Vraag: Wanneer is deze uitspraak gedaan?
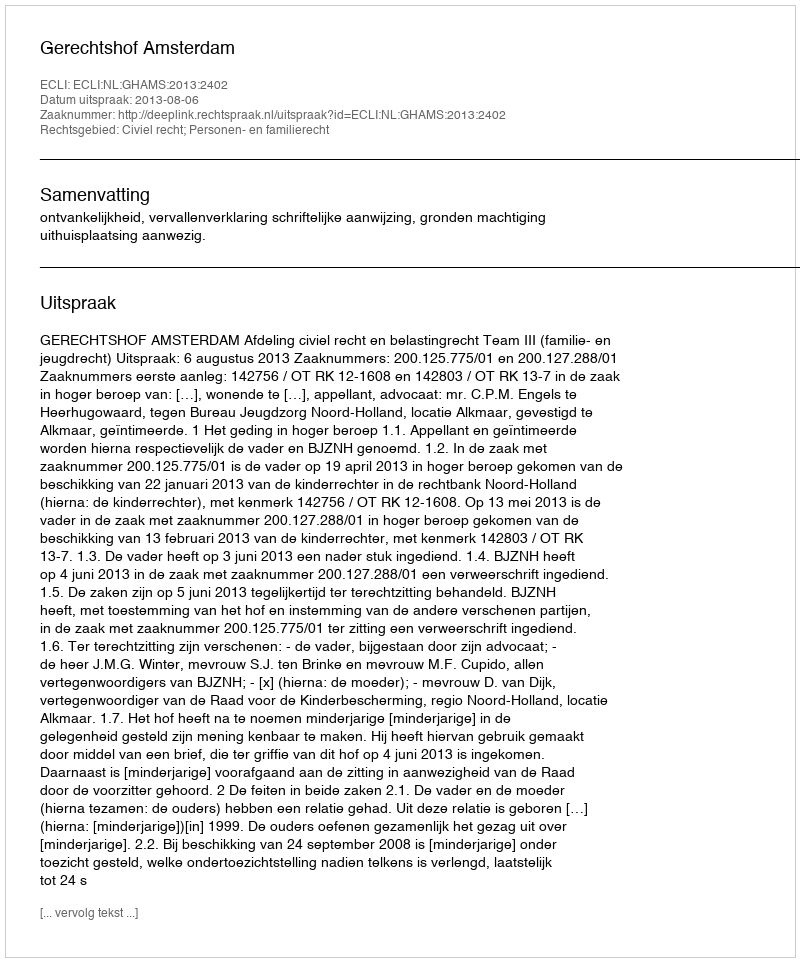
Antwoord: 2013-08-06